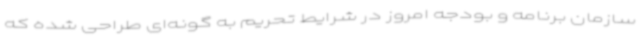
سازمان برنامه و بودجه امروز در شرایط تحریم به گونه‌ای طراحی شده که